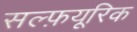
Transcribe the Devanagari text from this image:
सल्फ़यूरिक